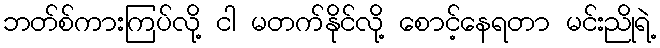
ဘတ်စ်ကားကြပ်လို့ ငါ မတက်နိုင်လို့ စောင့်နေရတာ မင်းညိုရဲ့